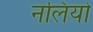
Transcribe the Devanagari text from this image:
नलियो